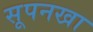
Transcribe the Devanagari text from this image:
सूपनखा